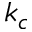
k _ { c }